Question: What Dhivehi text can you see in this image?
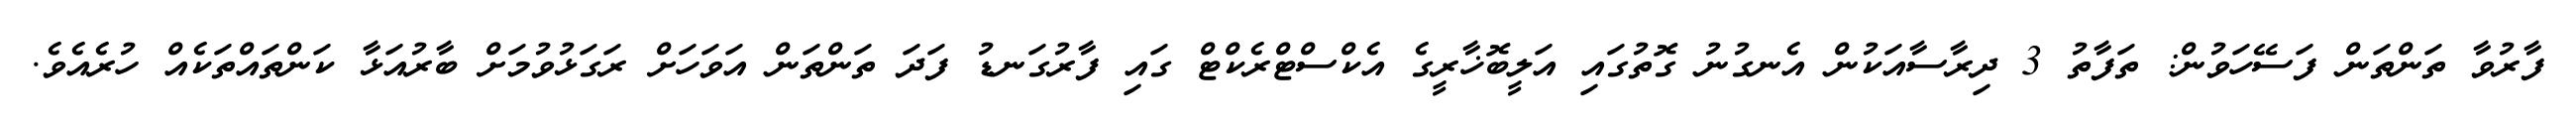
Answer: ފާރުވާ ތަންތަން ފަސޭހަވުން: ތަފާތު 3 ދިރާސާއަކުން އެނގުނު ގޮތުގައި އަލީބޮޚާރީގެ އެކްސްޓްރެކްޓް ގައި ފާރުގަނޑު ފަދަ ތަންތަން އަވަހަށް ރަގަޅުވުމަށް ބާރުއަޅާ ކަންތައްތަކެއް ހުރެއެވެ.